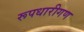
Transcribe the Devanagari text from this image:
रूपधारीगण